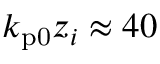
k _ { \mathrm { p 0 } } z _ { i } \approx 4 0